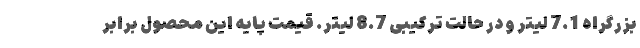
بزرگراه 7.1 لیتر و در حالت ترکیبی 8.7 لیتر. قیمت پایه این محصول برابر